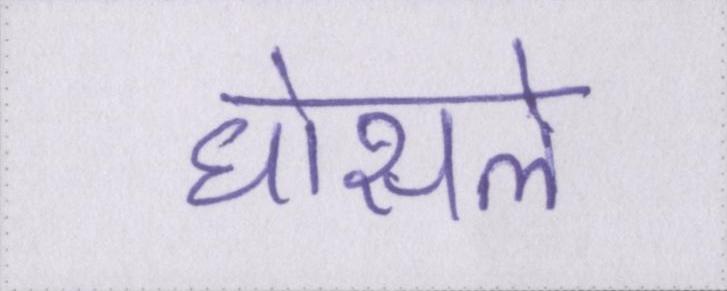
घोसले